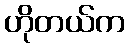
ဟိုတယ်က